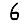
Digit: 6